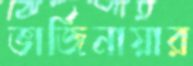
ভার্জিনায়ার